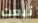
تبعت